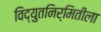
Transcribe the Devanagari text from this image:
विद्युतनिर्मितीला